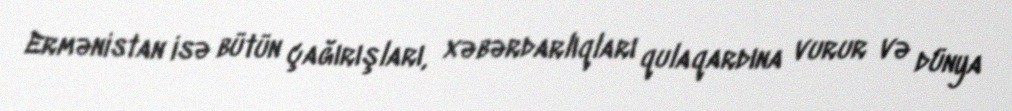
Ermənistan isə bütün çağırışları, xəbərdarlıqları qulaqardına vurur və dünya